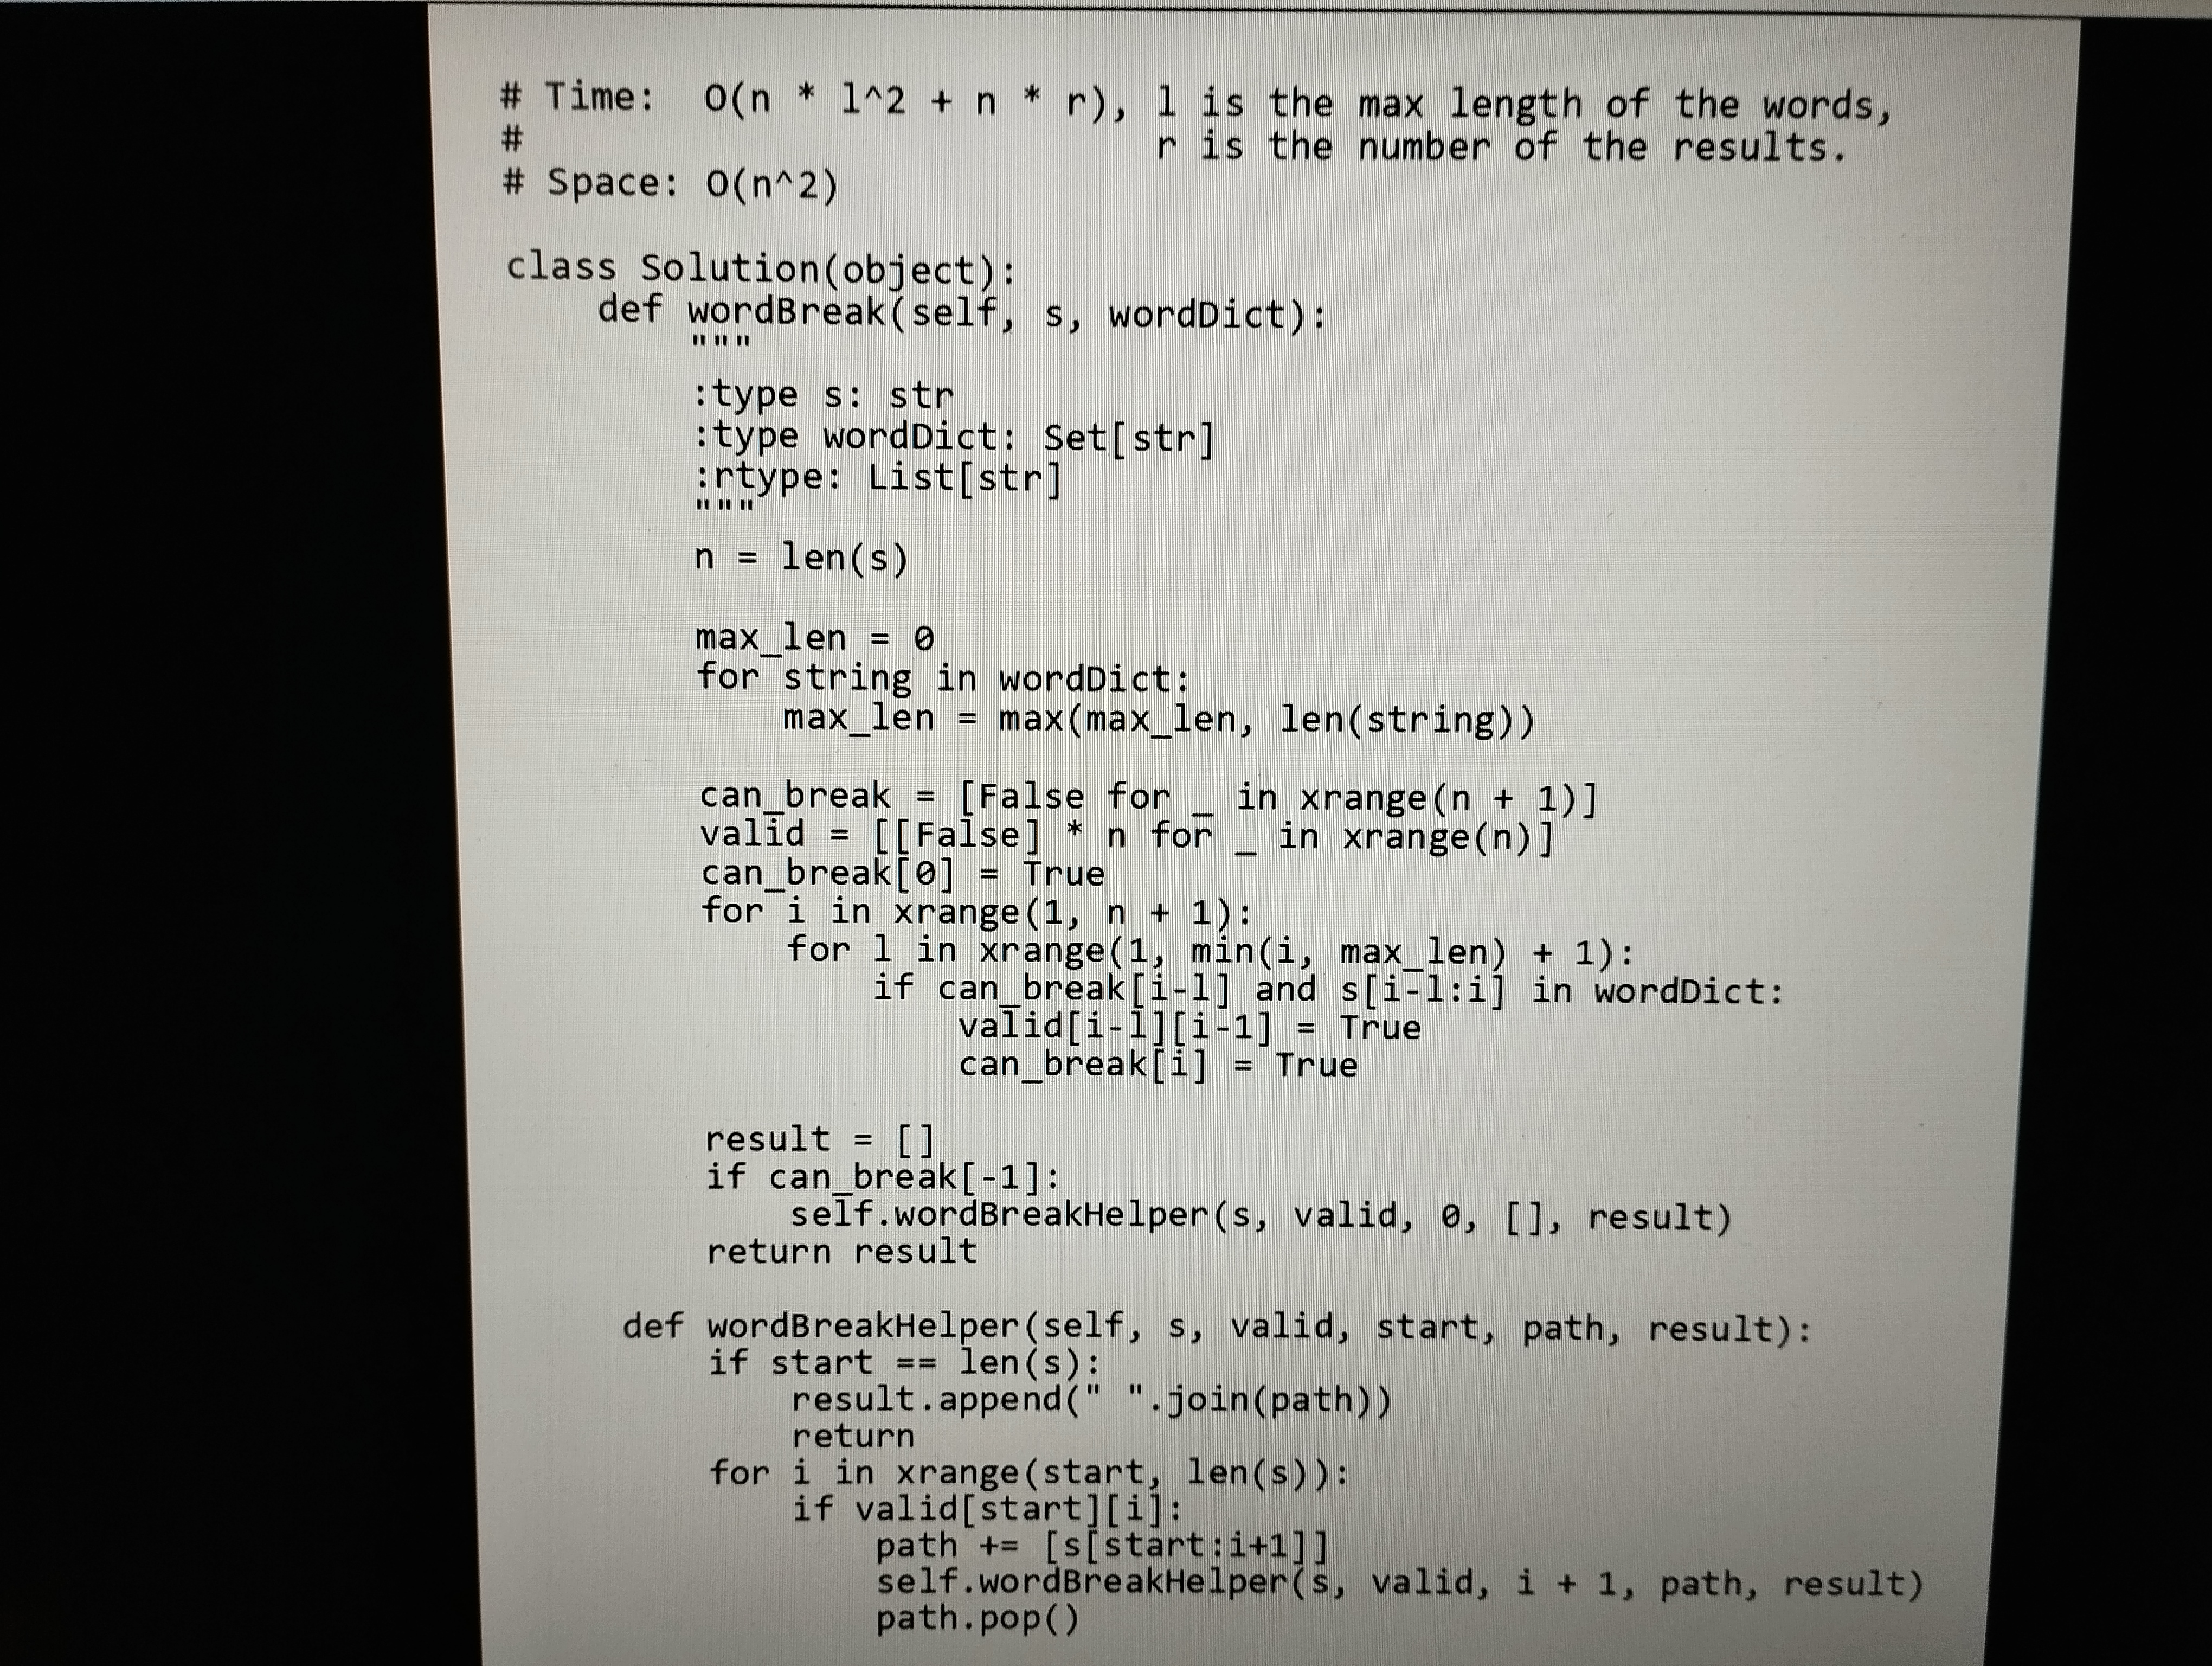
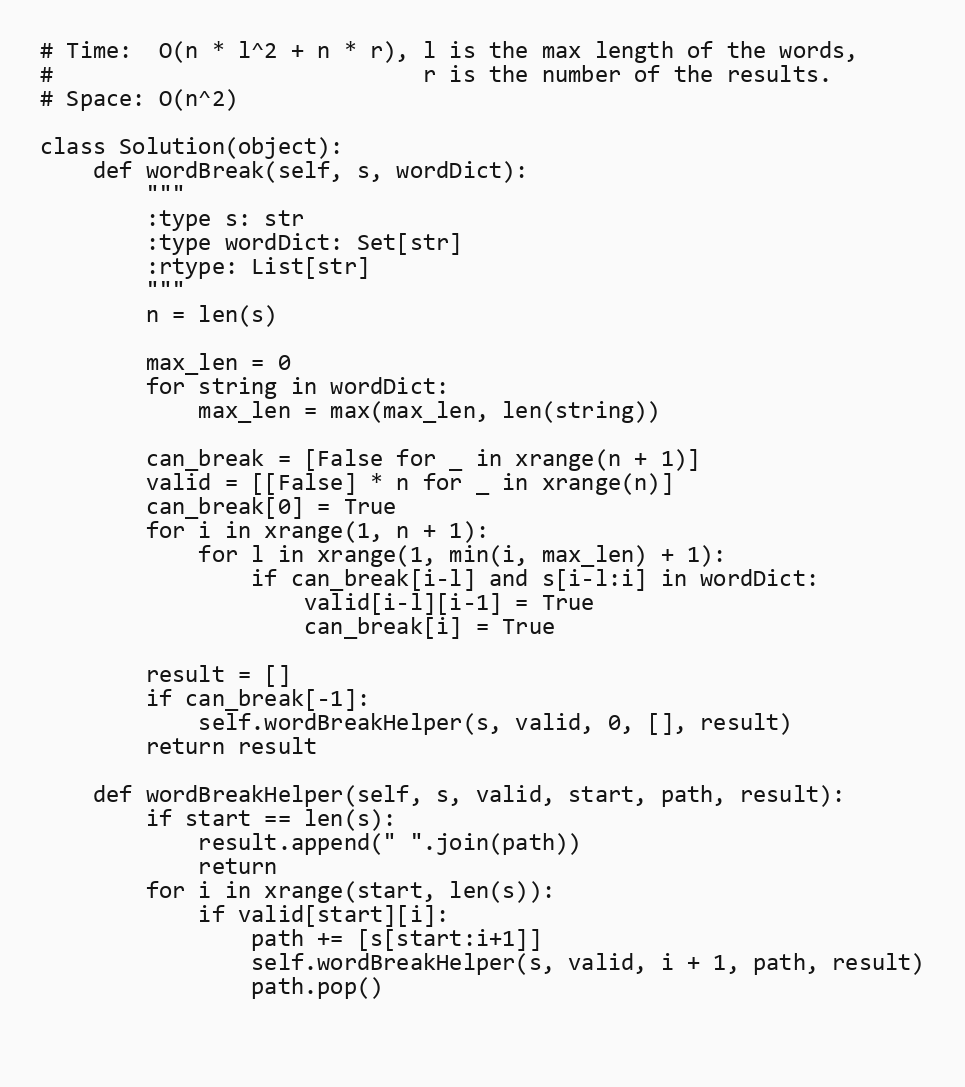
# Time:  O(n * l^2 + n * r), l is the max length of the words,
#                            r is the number of the results.
# Space: O(n^2)

class Solution(object):
    def wordBreak(self, s, wordDict):
        """
        :type s: str
        :type wordDict: Set[str]
        :rtype: List[str]
        """
        n = len(s)

        max_len = 0
        for string in wordDict:
            max_len = max(max_len, len(string))

        can_break = [False for _ in xrange(n + 1)]
        valid = [[False] * n for _ in xrange(n)]
        can_break[0] = True
        for i in xrange(1, n + 1):
            for l in xrange(1, min(i, max_len) + 1):
                if can_break[i-l] and s[i-l:i] in wordDict:
                    valid[i-l][i-1] = True
                    can_break[i] = True

        result = []
        if can_break[-1]:
            self.wordBreakHelper(s, valid, 0, [], result)
        return result

    def wordBreakHelper(self, s, valid, start, path, result):
        if start == len(s):
            result.append(" ".join(path))
            return
        for i in xrange(start, len(s)):
            if valid[start][i]:
                path += [s[start:i+1]]
                self.wordBreakHelper(s, valid, i + 1, path, result)
                path.pop()